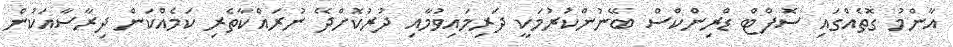
އާންމު ގޮތެއްގައި ސޮފްޓް ޑްރިންކްސް ބޭނުންކުރުމަކީ ދަރިމައިވުމާއި ދުރުކޮށްދޭ ނުރައްކާތެރި ކަމެއްކަން ދިރާސާއަކުން